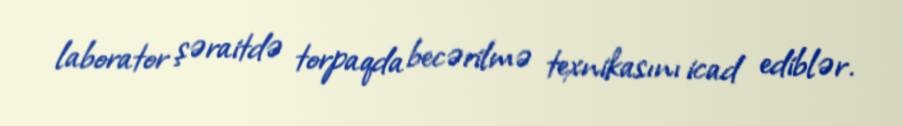
laborator şəraitdə torpaqda becərilmə texnikasını icad ediblər.